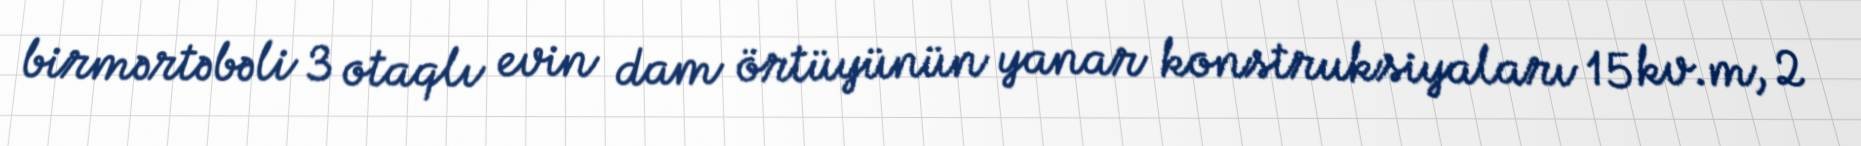
birmərtəbəli 3 otaqlı evin dam örtüyünün yanar konstruksiyaları 15 kv.m, 2